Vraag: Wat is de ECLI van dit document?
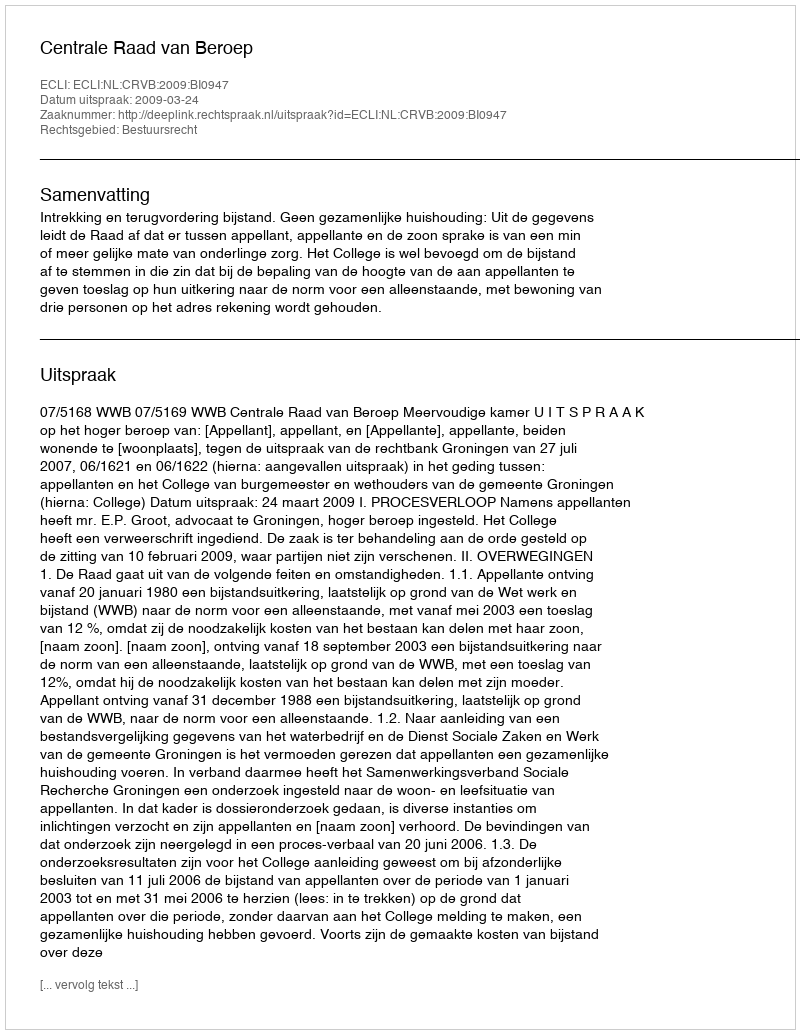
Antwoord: ECLI:NL:CRVB:2009:BI0947